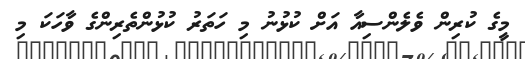
މީގެ ކުރިން ވެލެންސިއާ އަށް ކުޅުނު މި ހަތަރު ކުޅުންތެރިންގެ ވާހަކަ މި